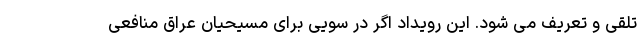
تلقی و تعریف می شود. این رویداد اگر در سویی برای مسیحیان عراق منافعی